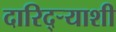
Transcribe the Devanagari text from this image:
दारिद्र्‍याशी